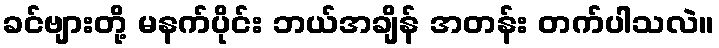
ခင်ဗျားတို့ မနက်ပိုင်း ဘယ်အချိန် အတန်း တက်ပါသလဲ။